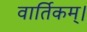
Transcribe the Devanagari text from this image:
वार्तिकम्।